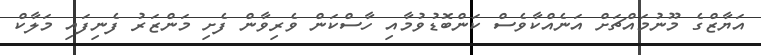
އަޔާޒްގެ މޫނުމައްޗަށް އަނެއްކާވެސް ކަންބޮޑުވުމާއި ހާސްކަން ވެރިވާން ފެށި މަންޒަރު ފެނިފައި މަލާކް